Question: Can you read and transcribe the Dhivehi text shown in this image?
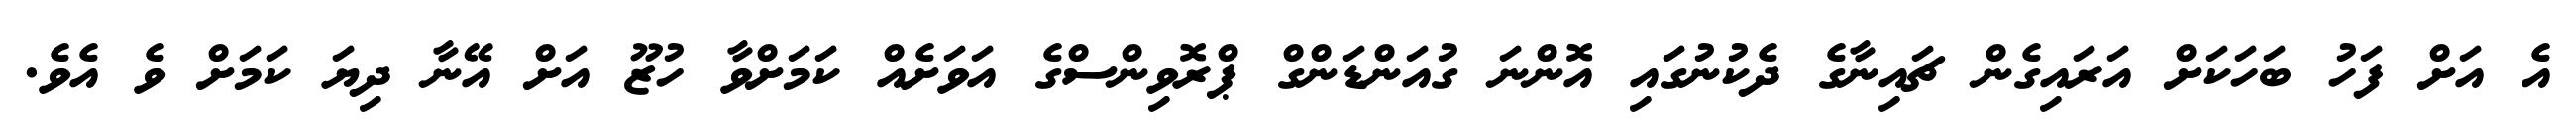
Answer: އެ އަށް ފަހު ބަހަކަށް އަރައިގެން ޗައިނާގެ ދެކުނުގައި އޮންނަ ގުއަންޑަންގް ޕްރޮވިންސްގެ އަވަށެއް ކަމަށްވާ ހުޒޫ އަށް އޭނާ ދިޔަ ކަމަށް ވެ އެވެ.